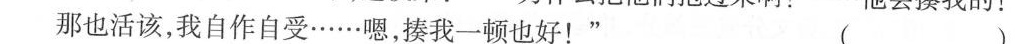
那也活该，我自作自受……嗯，揍我一顿也好！( )